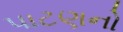
પાટણનો